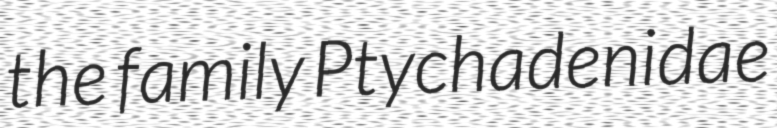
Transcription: the family Ptychadenidae